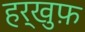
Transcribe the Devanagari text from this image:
हर्खुफ़